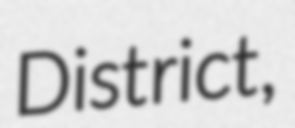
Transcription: District,